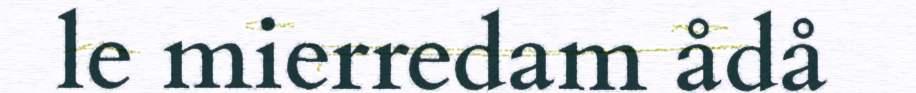
le mierredam ådå